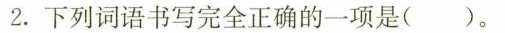
2.下列词语书写完全正确的一项是（